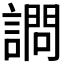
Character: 𫍋